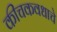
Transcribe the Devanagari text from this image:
कीचकवधाचे